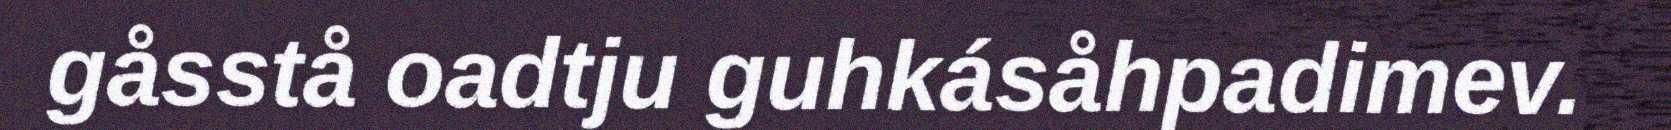
gåsstå oadtju guhkásåhpadimev.